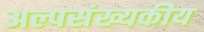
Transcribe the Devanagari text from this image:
अल्पसंख्यकीय